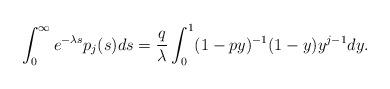
LaTeX: \begin{align*} & \int_0^{\infty} e^{-\lambda s} p_j(s) ds = \frac{q}{\lambda} \int_0^{1} (1-p y)^{-1} (1-y) y^{j-1} dy.\end{align*}